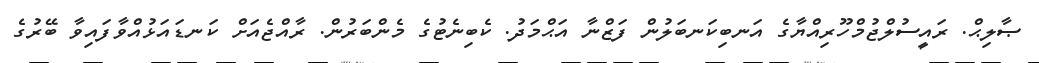
ޞާލިޙް. ރައީސުލްޖުމްހޫރިއްޔާގެ އަނބިކަނބަލުން ފަޒްނާ އަޙްމަދު. ކެބިނެޓުގެ މެންބަރުން. ރާއްޖެއަށް ކަނޑައަޅުއްވާފައިވާ ބޭރުގެ